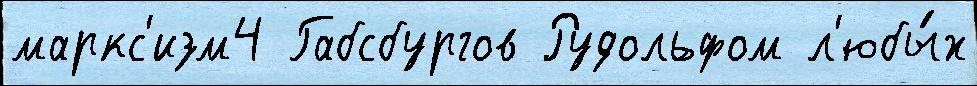
маркс'изм4 Габсбургов Рудольфом л'юбы́х